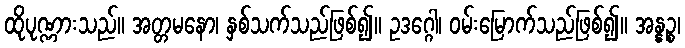
ထိုပုဏ္ဏားသည်။ အတ္တမနော၊ နှစ်သက်သည်ဖြစ်၍။ ဥဒဂ္ဂေါ၊ ဝမ်းမြောက်သည်ဖြစ်၍။ အန္နဉ္စ၊